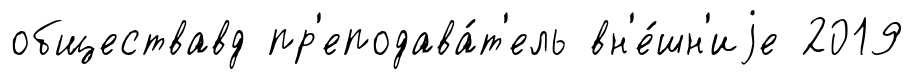
обществавд пр'еподава́т'ель вн'е́шн'иjе 2019